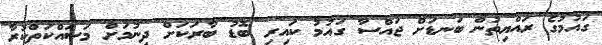
ގައުމުގެ ރައްޔިތުން ބަނޑަށް ޖައްސާ ގައުމު ކައިރި ބޮޑު ބާރަކަށް ދިނުމަށް މަސައްކަތްކުރާ